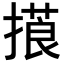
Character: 𢳑